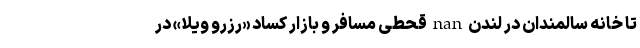
تا خانه سالمندان در لندن nan قحطی مسافر و بازار کساد «رزرو ویلا» در